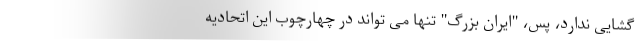
گشایی ندارد، پس، "ایران بزرگ" تنها می تواند در چهارچوب این اتحادیه